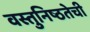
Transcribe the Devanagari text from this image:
वस्तुनिष्ठतेची